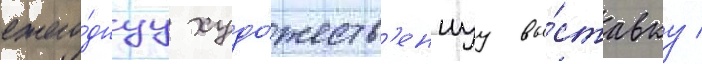
ежего́днуу худо́жеств'еннуу вы́ставку /